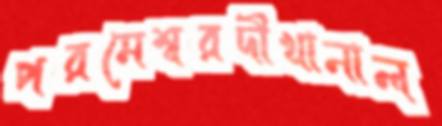
পরমেশ্বরদীখানাল